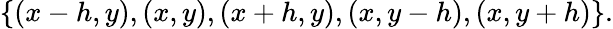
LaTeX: \{ (x-h,y),(x,y),(x+h,y),(x,y-h),(x,y+h)\} .